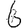
Digit: 6